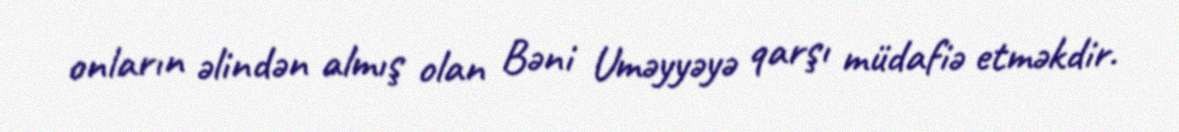
onların əlindən almış olan Bəni Uməyyəyə qarşı müdafiə etməkdir.